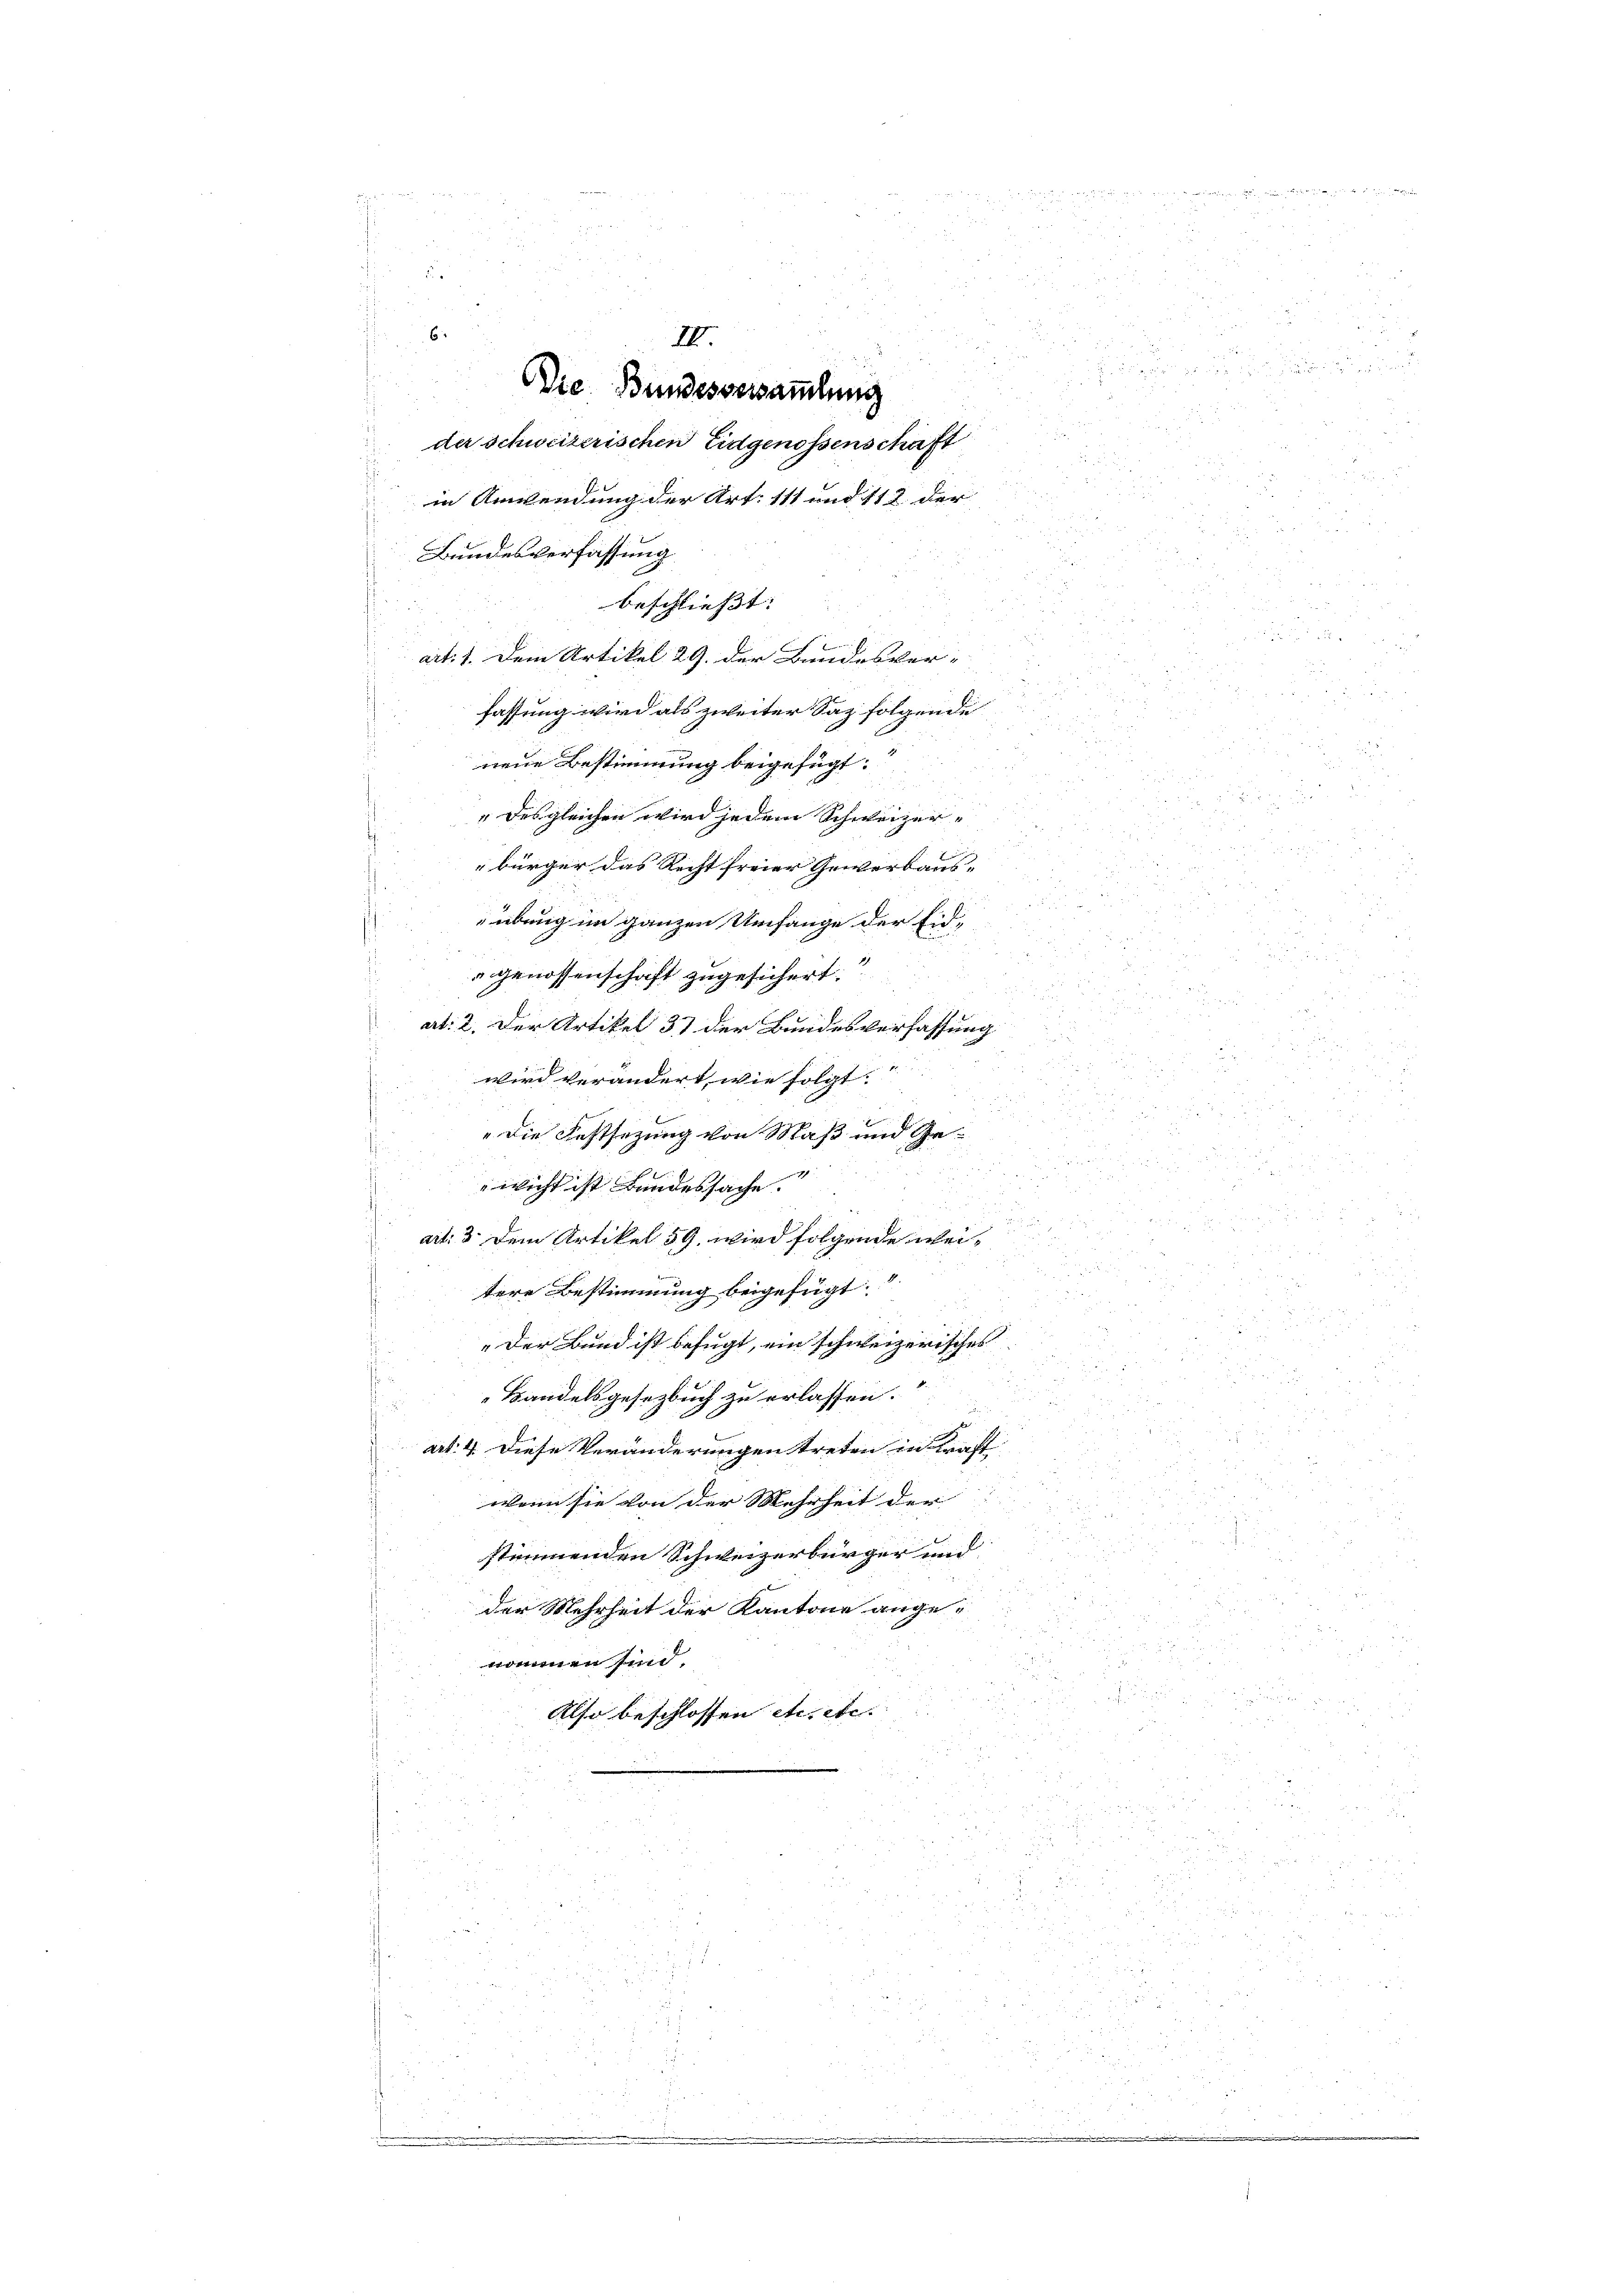
6

5
x

u
i
der Schweizerischen Eidgenossenschaft
2
x
2
in Anwendung der Art. 111 und 112 der |
u

Bundesverfassung

8

.
2
 55 x

u
i
un

neue Bestimmung beigefügt.
u
" des gleichen wird indem Schweizer-
2
e
bürger das Recht freier Gewerbaus

übung im ganzen Umfange der Eid¬

2
 xx

genossenschaft zugesichert.
2
1

s
at: 2. Der Artikel 37 der Bundesverfassung

i
2
2
3

wird verändert, wie folgt.
5
, du
" die Festsezung von Maß und Ge¬
 5
.

 5 f 0 x

wicht ist Bandessache.
2
u

ait: 3. dem Artikel 59. wird folgende wei¬
55. 2
238
2

r
tere Bestimmung beigefügt

5
zu
„Der Bund ist befugt, ein schweizerisches

252
Bandelsgesetzbuch zu erlassen.
.
d

 xx
art. 4. Diese Veränderungen treten in Kraft

5
.
dirten
wenn sie von der Mehrheit der |
u
2
25

stimmenden Schweizerbürger und

der Mehrheit der Kantone ange-
5

2
nomenen sind.
i
Also beschlossen etc etc.

.

u
öhrun
2

i

 45 x

2
d
 0 f 20 x
800
s

III.
Die Bundesversammlung

beschliesst: |
art: 1. Dem Artikel 29. der Bandesver-
fassung wird als zweiter Saz folgende

.